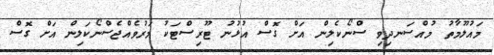
މައުލޫމާތު މުއްސަނދިވި ސްނޯކެލިން އަށް ގޮސް އުޅުނު ޓޫރިސްޓަކު މަރުވެއްޖެސްނޯކަލިން އަށް ގޮސް